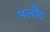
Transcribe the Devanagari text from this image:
मलौट